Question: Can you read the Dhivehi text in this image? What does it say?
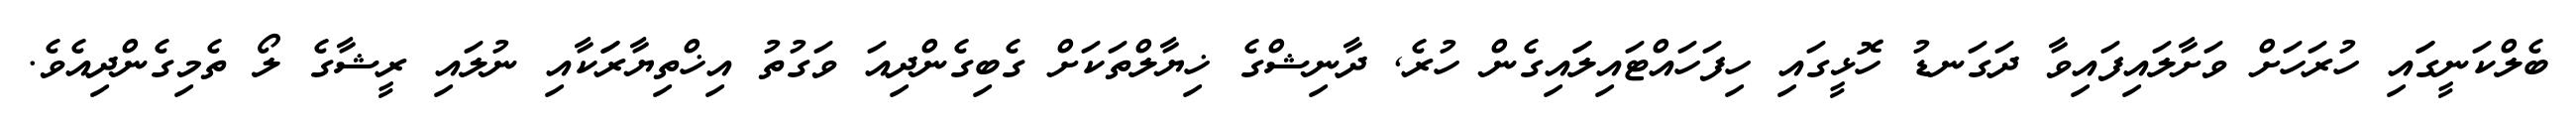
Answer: ބެލްކަނީގަައި ހުރަހަށް ވަށާލައިފައިވާ ދަގަނޑު ހޮޅީގައި ހިފަހައްޓައިލަައިގެން ހުރެ, ދާނިޝްގެ ޚިޔާލްތަކަށް ގެބިގެންދިއަ ވަގުތު އިޚްތިޔާރަަކާއި ނުލައި ރީޝާގެ ލޯ ތެމިގެންދިއެވެ.